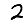
Digit: 2